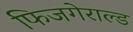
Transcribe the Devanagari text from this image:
फिजगेराल्ड